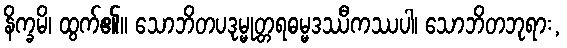
နိက္ခမိ၊ ထွက်၏။ သောဘိတပဒုမ္မုတ္တရဓမ္မဒဿီကဿပါ၊ သောဘိတဘုရား,